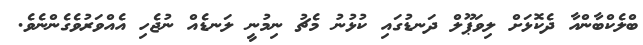
ބްލެކްބާންއާ ދެކޮޅަށް ލިވަޕޫލް ދަނޑުގައި ކުޅުނު މެޗު ނިމުނީ ލަނޑެއް ނުޖެހި އެއްވަރުވެގެންނެވެ.